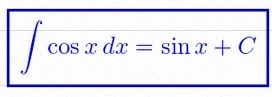
\int \cos x\,dx=\sin x+C